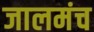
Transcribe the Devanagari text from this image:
जालमंच